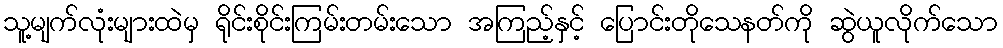
သူ့မျက်လုံးများထဲမှ ရိုင်းစိုင်းကြမ်းတမ်းသော အကြည့်နှင့် ပြောင်းတိုသေနတ်ကို ဆွဲယူလိုက်သော